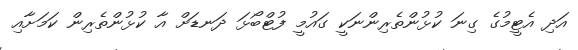
އަދި އެޓީމުގެ ގިނަ ކުޅުންތެރިންނަކީ ގައުމީ ފުޓްބޯޅަ ދަނޑަށް އާ ކުޅުންތެރިން ކަމަށާއި